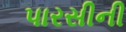
પારસીની